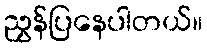
ညွှန်ပြနေပါတယ်။